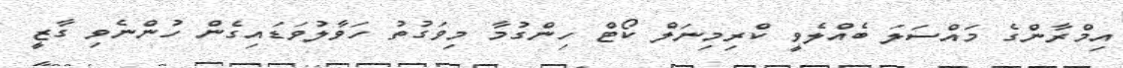
އިމްރާންގެ މައްސަލަ ބެއްލެވީ ކްރިމިނަލް ކޯޓް ހިންގުމާ މިވަގުތު ހަވާލުވަޑައިގެން ހުންނެވި ގާޒީ